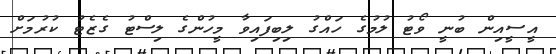
އީސީއިން ބުނީ ވޯޓު ލުމުގެ ހައްގު ލިބިފައިވާ މީހުންގެ ލިސްޓު ގެޒެޓު ކުރުމަށް